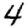
Digit: 4